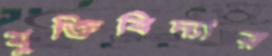
যুক্তিবিদ্যার